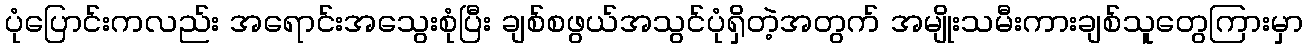
ပုံပြောင်းကလည်း အရောင်းအသွေးစုံပြီး ချစ်စဖွယ်အသွင်ပုံရှိတဲ့အတွက် အမျိုးသမီးကားချစ်သူတွေကြားမှာ